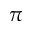
\pi